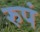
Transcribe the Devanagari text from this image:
रुपं